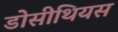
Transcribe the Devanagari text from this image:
डोसीथियस